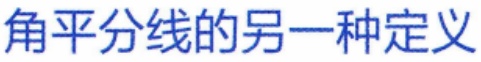
角平分线的另一种定义